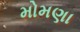
મોમણા